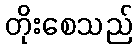
တိုးစေသည်